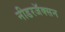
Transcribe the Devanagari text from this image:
नीडरजॅक्सन